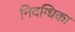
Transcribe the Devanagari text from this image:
निदग्धिका